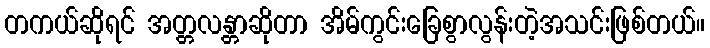
တကယ်ဆိုရင် အတ္တလန္တာဆိုတာ အိမ်ကွင်းခြေစွာလွန်းတဲ့အသင်းဖြစ်တယ်။